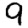
Digit: 9